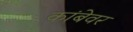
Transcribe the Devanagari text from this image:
कांबेवर